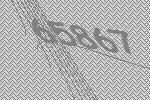
65867